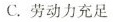
C.劳动力充足